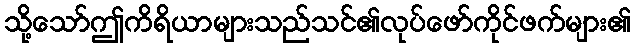
သို့သော်ဤကိရိယာများသည်သင်၏လုပ်ဖော်ကိုင်ဖက်များ၏